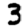
Digit: 3